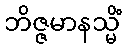
ဘိဇ္ဇမာနသ္မိံ